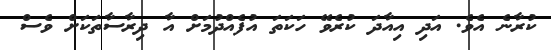
ކުރާނެ އެވެ. އަދި އިއާދަ ކުރެވޭ ހަކަތަ އުފެއްދުމަށް އާ ދިރާސާތަކަށް ވެސް